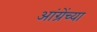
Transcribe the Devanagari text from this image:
आंग्रेंच्या